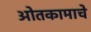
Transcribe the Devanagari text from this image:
ओतकामाचे